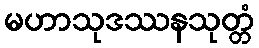
မဟာသုဒဿနသုတ္တံ